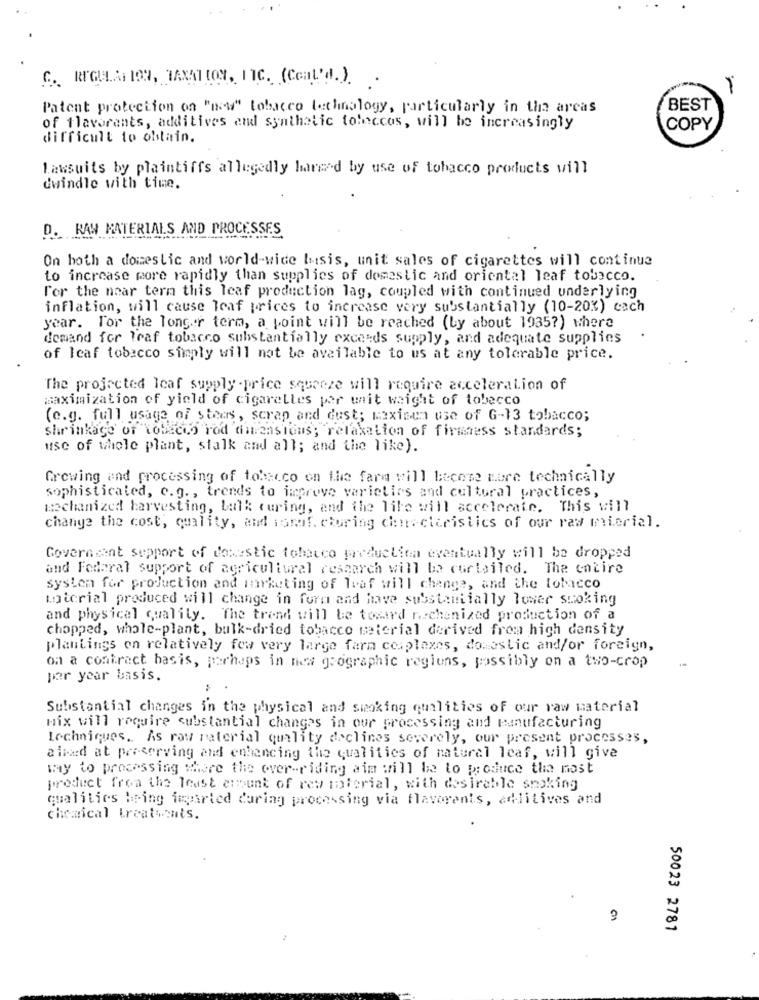
C. REGULATION, TAXATION, INC. (Conl'd.). .
Patent protection on "new" tobacco technology, particularly in the areas
BEST
of flavorents, additives and synthetic toleccos, will be increasingly
COPY
difficult to obtain.
Lawsuits by plaintiffs allegedly harced by use of tobacco products will
dwindle with time.
D. RAW MATERIALS AND PROCESSES
On both a domestic and world-wide basis, unit sales of cigarettes will continue
to increase more rapidly than supplies of domestic and oriental leaf tobacco.
for the noar tern this leaf production lag, coupled with continued underlying
inflation, will cause leaf prices to increase very substantially (10-20%) cach
year. For the longer term, a point will be reached (by about 1935?) where
demand for leaf tobacco substantially exceeds supply, and adequate supplies
of leaf tobacco simply will not be available to us at any tolerable price.
The projected leaf supply -price squeeze will require acceleration of
maximization of yield of cigarettes per unit weight of tobacco
(e.g. full usage of steas, scrap and dust; maxisen use of G-13 tobacco;
shrinkage of tobacco rod dimensions; relaxation of firmness standards;
use of whole plant, stalk and all; and the like).
Growing and processing of tocco on the fare will become more technically
sophisticated, c.g ., trends to improve varieties and cultural practices,
mechanized harvesting, bulk curing, and the life will accelerate. This will
change the cost, quality, and isnaf. choring chnocteristics of our raw mierial.
Goverment support of domestic tobacco production eventually will be dropped
and Federal support of agricultural research will be curtailed. The entire
system for production and murketing of Traf will change, and the tobacco
totorial produced will change in form and have substantially lower smoking
and physical quality. The trend will be toward raschenized production of a
chopped, whole-plant, bulk-dried tobacco meterial derived from high density
plantings on relatively few very large farm complexes, domestic and/or foreign,
on a contract basis, perhaps in new geographic regions, possibly on a two-crop
per year basis.
Substantial changes in the physical and smoking qualities of our raw material
mix will require substantial changes in our processing and manufacturing
techniques. As raw material quality declines severely, our present processes,
aimed at preserving and enhancing the qualities of natural leaf, will give
my to processing where the over-riding aim will be to produce the most
product from the least amount of rew material, with desirable smoking
qualities being imparted during processing via flavorents, adlitives and
chemical treatments.
50023 2781